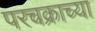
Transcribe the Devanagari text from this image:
परचक्राच्या